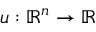
u : \mathbb { R } ^ { n } \to \mathbb { R }